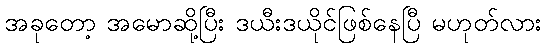
အခုတော့ အမောဆို့ပြီး ဒယီးဒယိုင်ဖြစ်နေပြီ မဟုတ်လား